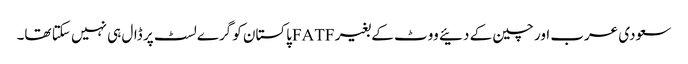
سعودی عرب اور چین کے دئیے ووٹ کے بغیر FATFپاکستان کو گرے لسٹ پر ڈال ہی نہیں سکتا تھا۔